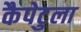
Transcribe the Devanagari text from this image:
कैपेटुला